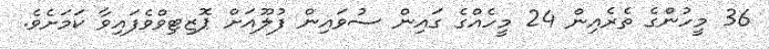
36 މީހުންގެ ތެރެއިން 24 މީހެއްގެ ގައިން ސުވައިން ފުލޫއަށް ޕޮޒިޓިވްވެފައިވާ ކަމަށެވެ.